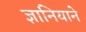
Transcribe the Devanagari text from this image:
ज्ञानियाने